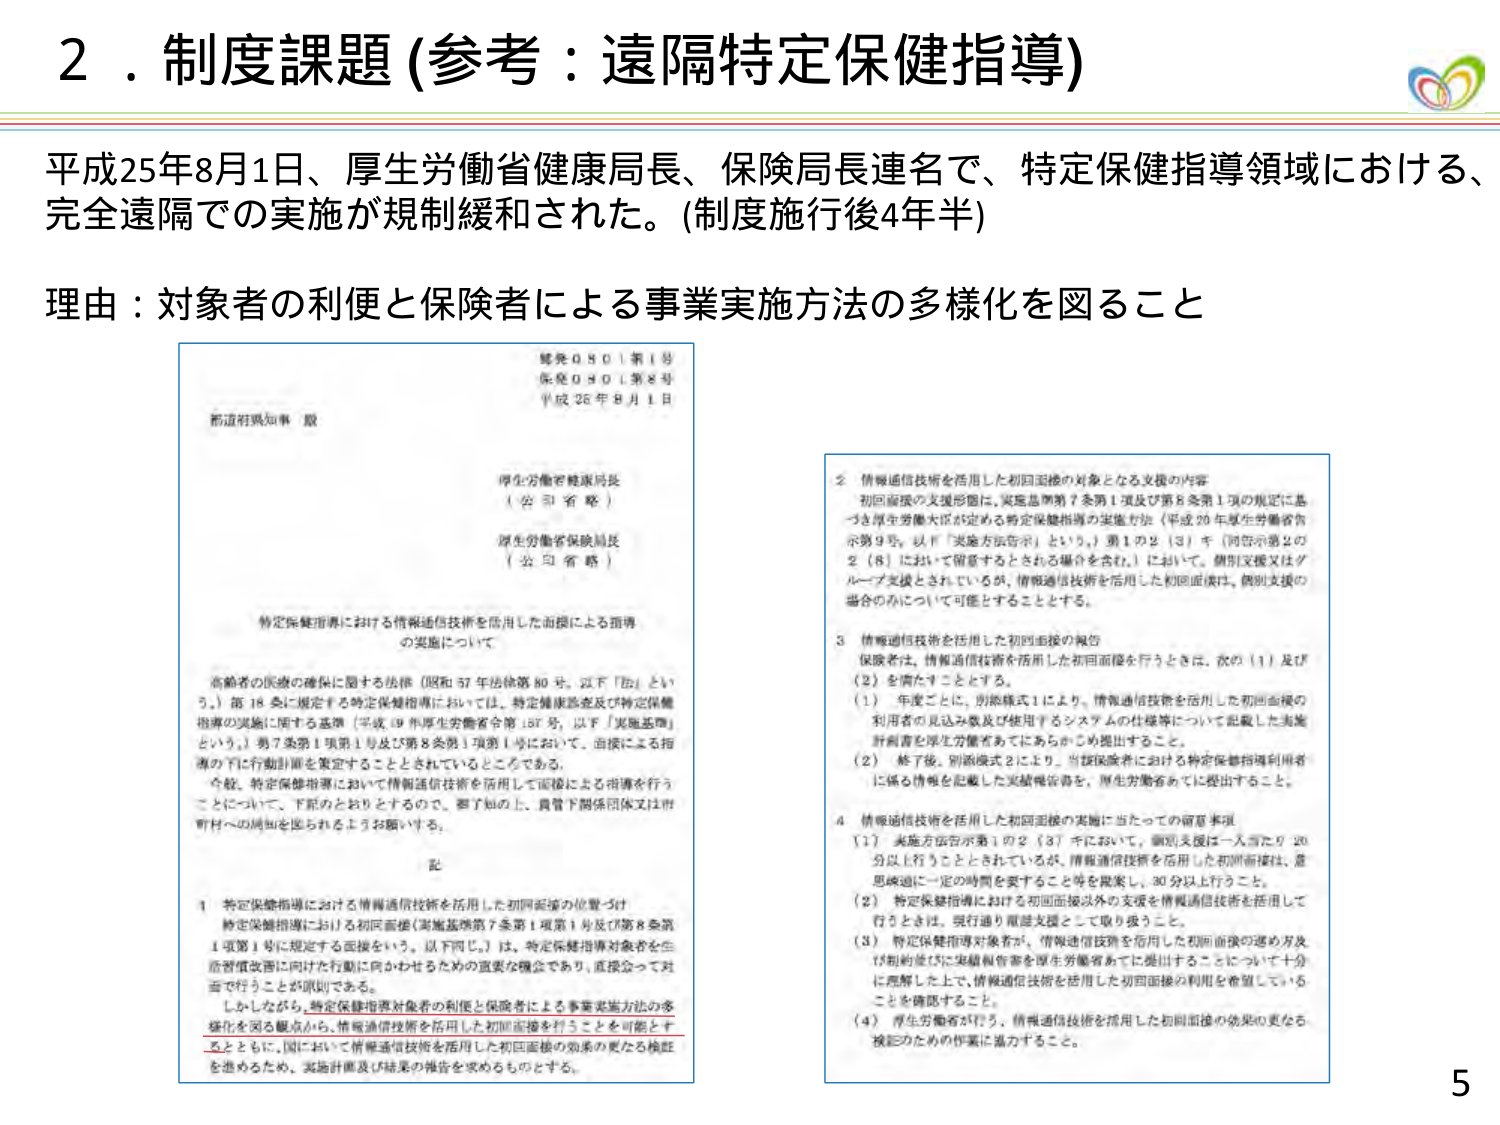
2．制度課題 (参考：遠隔特定保健指導)

平成25年8月1日、厚生労働省健康局長、保険局長連名で、特定保健指導領域における、完全遠隔での実施が規制緩和された。(制度施行後4年半)

理由：対象者の利便と保険者による事業実施方法の多様化を図ること

健発0801第1号
保発0801第8号
平成26年8月1日

新規府県知事 殿

厚生労働省健康局長
（公印省略）
厚生労働省保険局長
（公印省略）

特定保健指導における情報通信技術を活用した面接による指導の実施について

高齢者の医療の確保に関する法律（昭和57年法律第80号。以下「法」という。）第18条に規定する特定保健指導においては、特定健康診査及び特定保健指導の実施に関する基準（平成19年厚生労働省令第137号。以下「実施基準」という。）第7条第1項第1号及び第8条第1項第1号において、面接による指導の下に行動計画を策定することとされているところである。
今般、特定保健指導において情報通信技術を活用して面接による指導を行うことについて、下記のとおりとするので、御了知の上、貴管下関係団体又は市町村への周知を図られるようお願いする。

記

1 特定保健指導における情報通信技術を活用した初回面接の位置づけ
特定保健指導における初回面接（実施基準第7条第1項第1号及び第8条第1項第1号に規定する面接をいう。以下同じ。）は、特定保健指導対象者を生活習慣改善に向けた行動に向けかわせるための重要な機会であり、直接会って対面で行うことが原則である。
しかしながら、特定保健指導対象者の利便と保険者による事業実施方法の多様化を図る観点から、情報通信技術を活用した初回面接を行うことを可能とするとともに、国において情報通信技術を活用した初回面接の効果の更なる検証を進めるため、実施計画及び結果の報告を求めるものとする。

2 情報通信技術を活用した初回面接の対象となる支援の内容
初回面接の支援形態は、実施基準第7条第1項及び第8条第1項の規定に基づき厚生労働大臣が定める特定保健指導の実施方法（平成20年厚生労働省告示第9号。以下「実施方法告示」という。）第1の2（3）キ（同告示第2の2（8）において留意するとされる場合を含む。）において、個別支援又はグループ支援とされているが、情報通信技術を活用した初回面接は、個別支援の場合のみについて可能とすることとする。

3 情報通信技術を活用した初回面接の報告
保険者は、情報通信技術を活用した初回面接を行うときは、次の（1）及び（2）を満たすこととする。
（1）年度ごとに、別添様式1により、情報通信技術を活用した初回面接の利用者の見込み数及び使用するシステムの仕様等について記載した実施計画書を厚生労働省あてにあらかじめ提出すること。
（2）終了後、別添様式2により、当該保険者における特定保健指導利用者に係る情報を記載した実績報告書を、厚生労働省あてに提出すること。

4 情報通信技術を活用した初回面接の実施に当たっての留意事項
（1）実施方法告示第1の2（3）キにおいて、個別支援は一人当たり20分以上行うこととされているが、情報通信技術を活用した初回面接は、意思疎通に一定の時間を要すること等を勘案し、30分以上行うこと。
（2）特定保健指導における初回面接以外の支援を情報通信技術を活用して行うときは、現行通り電話支援として取り扱うこと。
（3）特定保健指導対象者が、情報通信技術を活用した初回面接の進め方及び契約並びに実績報告書を厚生労働省あてに提出することについて十分に理解した上で、情報通信技術を活用した初回面接の利用を希望していることを確認すること。
（4）厚生労働省が行う、情報通信技術を活用した初回面接の効果の更なる検証のための作業に協力すること。

5